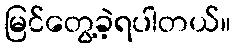
မြင်တွေ့ခဲ့ရပါတယ်။